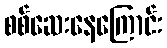
စစ်ဆေးနေကြောင်း